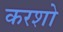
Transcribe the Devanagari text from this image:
करशो